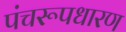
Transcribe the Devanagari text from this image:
पंचरूपधारण